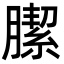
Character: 䐼